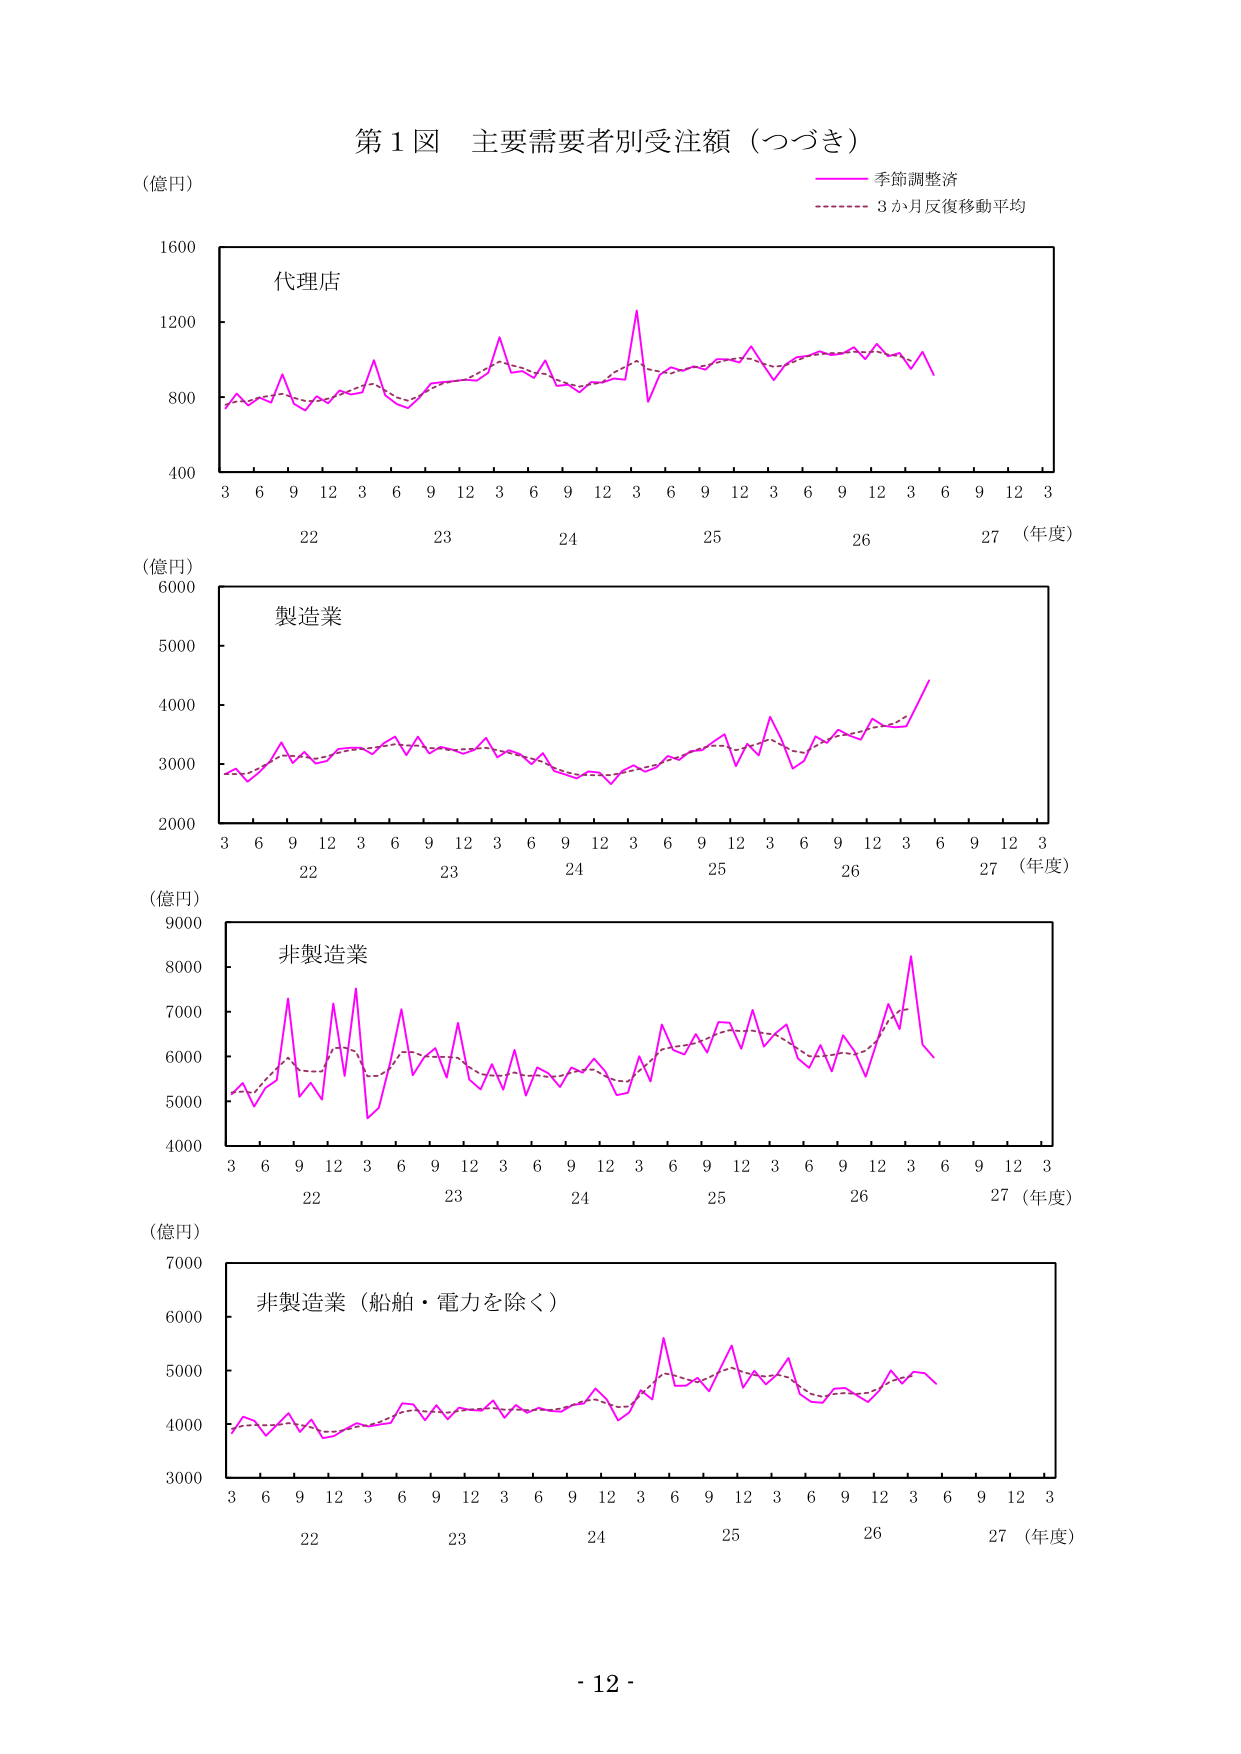
第１図 主要需要者別受注額（つづき）

（億円）

代理店

季節調整済
3か月反復移動平均

（年度）
3 6 9 12 3 6 9 12 3 6 9 12 3 6 9 12 3 6 9 12 3
22 23 24 25 26 27

（億円）

製造業

3 6 9 12 3 6 9 12 3 6 9 12 3 6 9 12 3 6 9 12 3
22 23 24 25 26 27 （年度）

（億円）

非製造業

3 6 9 12 3 6 9 12 3 6 9 12 3 6 9 12 3 6 9 12 3
22 23 24 25 26 27 （年度）

（億円）

非製造業（船舶・電力を除く）

3 6 9 12 3 6 9 12 3 6 9 12 3 6 9 12 3 6 9 12 3
22 23 24 25 26 27 （年度）

- 12 -